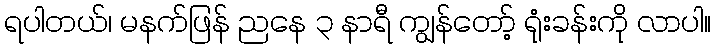
ရပါတယ်၊ မနက်ဖြန် ညနေ ၃ နာရီ ကျွန်တော့် ရုံးခန်းကို လာပါ။